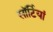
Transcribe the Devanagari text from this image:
साॅर्टियां